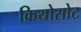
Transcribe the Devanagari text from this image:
क्रियोसोट